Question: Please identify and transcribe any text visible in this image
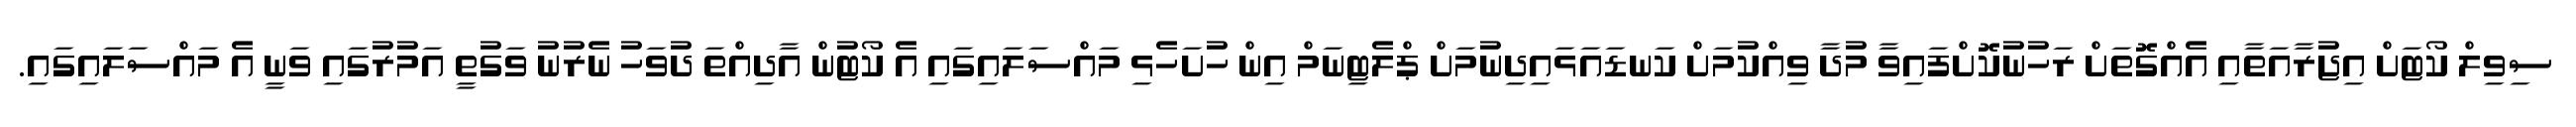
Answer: ސިވިލް ކޯޓަށް އިޖުރާއަތާއި އެއްގޮތަށް ރަހުނުކޮށްފައިވާ މުދާ ވިއްކުމަށް ކަނޑައަޅައިދިނުމަށް ޕްލެޓިނަމް އިން ހުށަހެޅި މައްސަލައިގައި އެ ކޯޓުން އާދިއްތަ ދުވަހު ނެރުނު ވަގުތީ އަމުރުގައި ވަނީ އެ މައްސަލައިގައި.